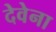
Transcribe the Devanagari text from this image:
देवेना